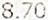
8.70